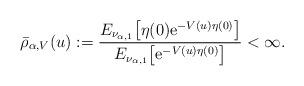
LaTeX: \begin{align*} \bar\rho_{\alpha,V}(u):=\frac{E_{\nu_{\alpha,1}}\bigl[\eta(0)\mathrm e^{-V(u)\eta(0)}\bigr]}{E_{\nu_{\alpha,1}} \bigl[\mathrm e^{-V(u)\eta(0)}\bigr]}<\infty.\end{align*}